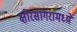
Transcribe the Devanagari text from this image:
क्षीरसागरामध्ये